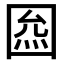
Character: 𡇺